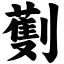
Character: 劐